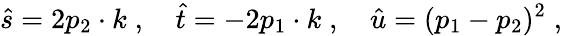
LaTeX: \hat{s}=2p_{2}\cdot k\; ,\quad\hat{t}=-2p_{1}\cdot k\; ,\quad\hat{u}=(p_{1}-p_{2})^{2}\; ,